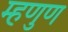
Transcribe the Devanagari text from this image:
म्हणुण